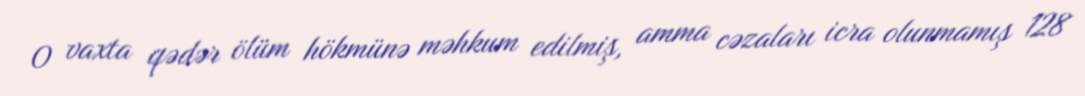
O vaxta qədər ölüm hökmünə məhkum edilmiş, amma cəzaları icra olunmamış 128